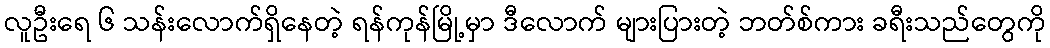
လူဦးရေ ၆ သန်းလောက်ရှိနေတဲ့ ရန်ကုန်မြို့မှာ ဒီလောက် များပြားတဲ့ ဘတ်စ်ကား ခရီးသည်တွေကို